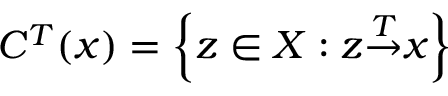
C ^ { T } { ( x ) } = \left\{ z \in X : z { \overset { T } { \rightarrow } } x \right\}